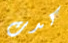
كدت